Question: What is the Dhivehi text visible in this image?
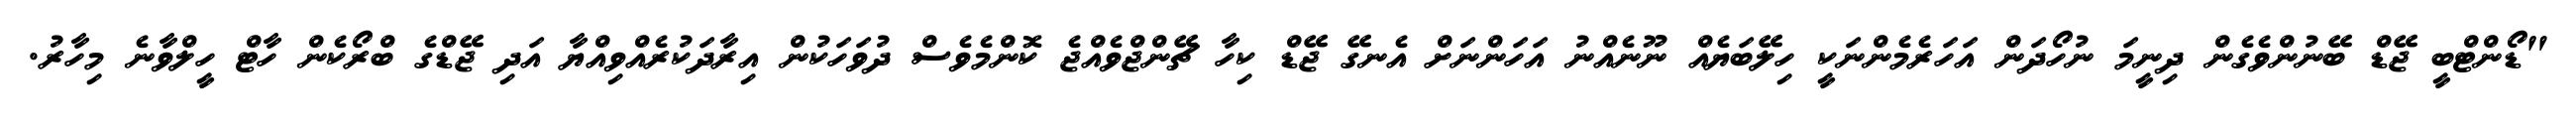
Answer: "ޑޯންޓްބީ ޖޭޑް ބޭނުންވެގެން ދިނީމަ ނުހޯދަން އަހަރެމެންނަކީ ހިލޭބަޔެއް ނޫނެއްނު އަހަންނަށް އެނގޭ ޖޭޑް ކިހާ ޗޭންޖްވެއްޖެ ކޮންމެވެސް ދުވަހަކުން އިރާދަކުރެއްވިއްޔާ އަދި ޖޭޑްގެ ބްރޯކެން ހާޓް ހީލްވާނެ މިހާރު.